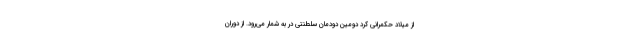
از میلاد حکمرانی کرد دومین دودمان سلطنتی در به شمار می‌رود. از دوران